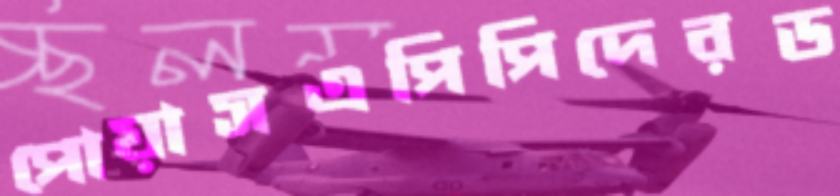
পোয়াসএপিপিদেরড